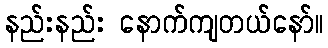
နည်းနည်း နောက်ကျတယ်နော်။